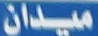
ميدان